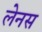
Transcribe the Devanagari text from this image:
लेनस